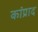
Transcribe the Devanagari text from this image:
कांप्राद